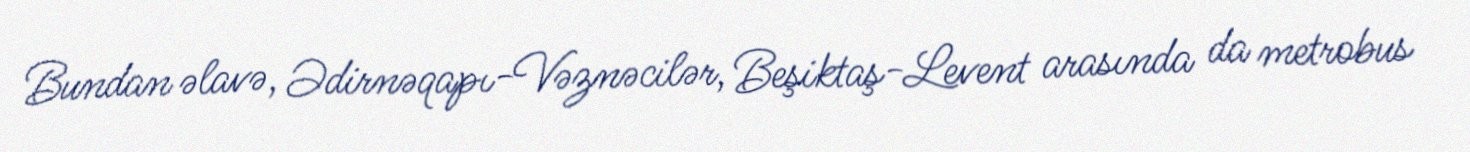
Bundan əlavə, Ədirnəqapı-Vəznəcilər, Beşiktaş-Levent arasında da metrobus